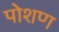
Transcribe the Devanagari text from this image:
पोशण